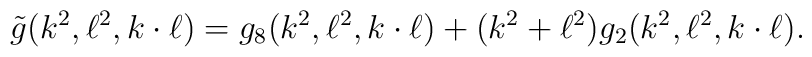
\tilde{g}(k^2,\ell^2,k\cdot\ell) = g_8(k^2,\ell^2,k\cdot\ell) +                     (k^2 + \ell^2) g_2(k^2,\ell^2,k\cdot\ell).